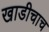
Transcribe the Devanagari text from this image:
खाडीचाच